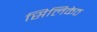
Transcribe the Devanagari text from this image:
सिलिकेठ